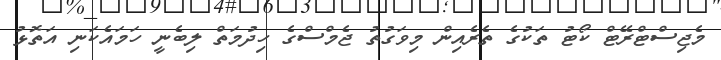
މެޖިސްޓްރޭޓް ކޯޓު ތަކުގެ ތެރެއިން މިވަގުތު ޖެމްސްގެ ހިދުމަތް ލިބެނީ ހަމައެކަނި އަތޮޅު